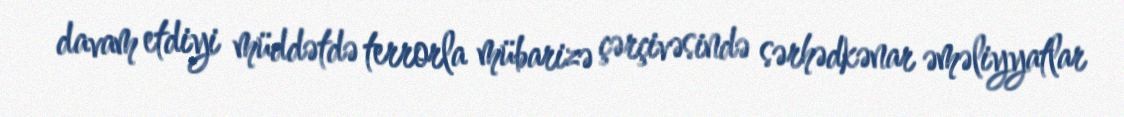
davam etdiyi müddətdə terrorla mübarizə çərçivəsində sərhədkənar əməliyyatlar